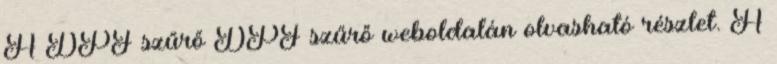
A DPF szűrő DPF szűrő weboldalán olvasható részlet. A